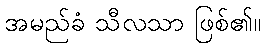
အမည်ခံ သီလသာ ဖြစ်၏။